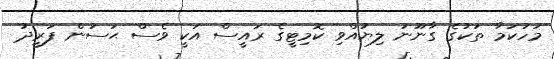
މަހުކަމާ ތަކުގެ ގާނޫނު ލިޔުއްވި ކޮމިޓީގެ ރައީސް އަކީ ވެސް ޙަސަން ފަރީދު